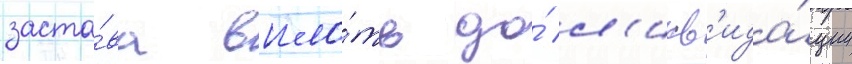
заста́ва впло́ть до́ л'икв'ида́ции